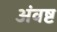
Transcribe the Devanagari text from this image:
अंवष्ट